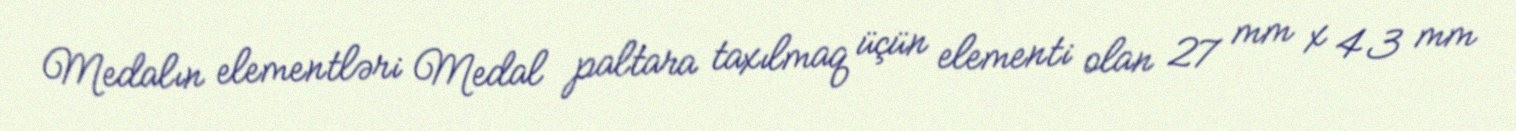
Medalın elementləri Medal paltara taxılmaq üçün elementi olan 27 mm x 43 mm